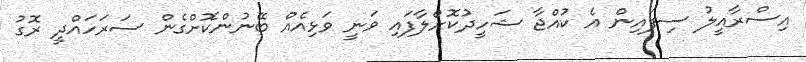
އިސްރާއީލު ސިފައިން އެ ކުއްޖާ ޝަހީދުކޮށްލާފައި ވަނީ ވަޅިއެއް ބޭނުންކޮށްގެން ސަރަހައްދީ ރޮގު